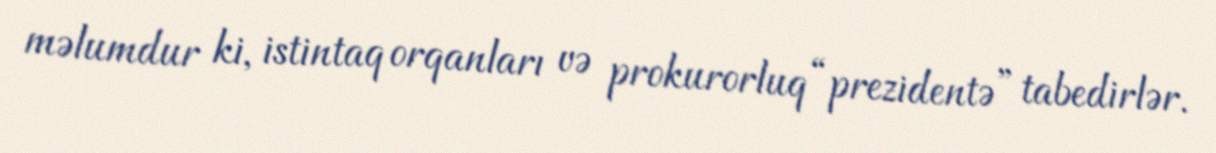
məlumdur ki, istintaq orqanları və prokurorluq “prezidentə” tabedirlər.